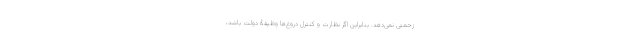
زحمتی نمی‌دهد. بنابراین اگر نظارت و کنترل دروغ‌ها وظیفۀ دولت باشد،